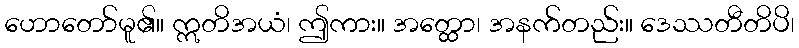
ဟောတော်မူ၏။ ဣတိအယံ၊ ဤကား။ အတ္ထော၊ အနက်တည်း။ ဒေဿတီတိပိ၊